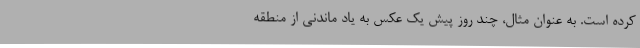
کرده است. به عنوان مثال، چند روز پیش یک عکس به یاد ماندنی از منطقه